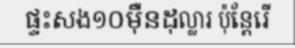
ផ្ទះសង១០ម៉ឺនដុល្លារ ប៉ុន្តែរើ